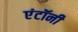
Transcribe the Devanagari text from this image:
एंटॉनी